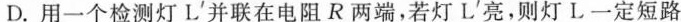
D.用一个检测灯L^{\prime}并联在电阻R两端，若灯L^{\prime}亮，则灯L一定短路